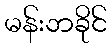
မန်းဘခိုင်